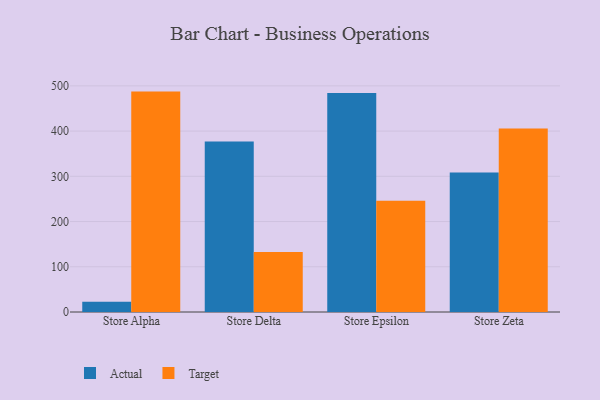
{"axis": {"x": "Store", "y": "Bounce Rate (%)"}, "legend": ["Actual", "Target"], "data": [{"x": "Store Alpha", "y": 22.5, "type": "Actual"}, {"x": "Store Alpha", "y": 487.3, "type": "Target"}, {"x": "Store Delta", "y": 377.0, "type": "Actual"}, {"x": "Store Delta", "y": 132.7, "type": "Target"}, {"x": "Store Epsilon", "y": 484.0, "type": "Actual"}, {"x": "Store Epsilon", "y": 245.7, "type": "Target"}, {"x": "Store Zeta", "y": 308.7, "type": "Actual"}, {"x": "Store Zeta", "y": 405.9, "type": "Target"}]}